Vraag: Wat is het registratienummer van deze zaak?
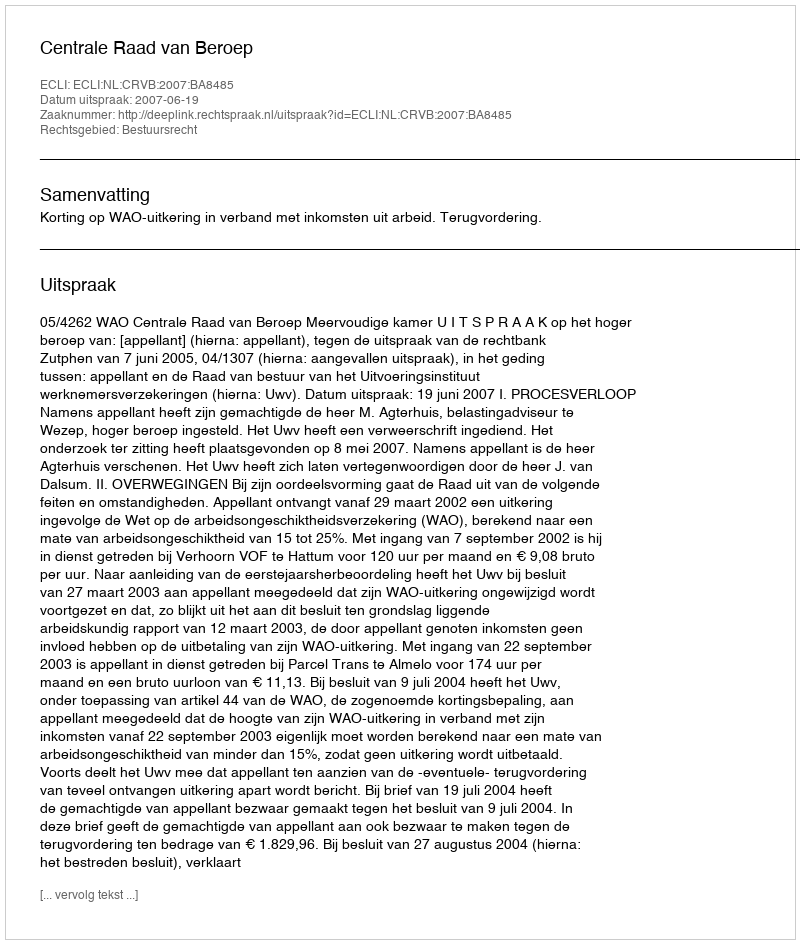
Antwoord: http://deeplink.rechtspraak.nl/uitspraak?id=ECLI:NL:CRVB:2007:BA8485